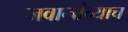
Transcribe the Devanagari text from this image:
जवानांच्याच